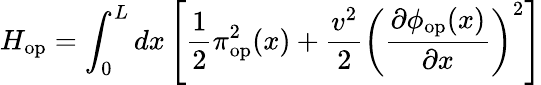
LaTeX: H_{\mathrm{op}}=\int_{0}^{L}dx\left[\frac{1}{2}\pi_{\mathrm{op}}^{2}(x)+\frac{v^{2}}{2}\left(\frac{\partial\phi_{\mathrm{op}}(x)}{\partial x}\right)^{2}\right]